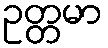
ဥတ္တမာ